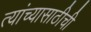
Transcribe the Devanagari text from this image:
त्यांच्यासाठीची